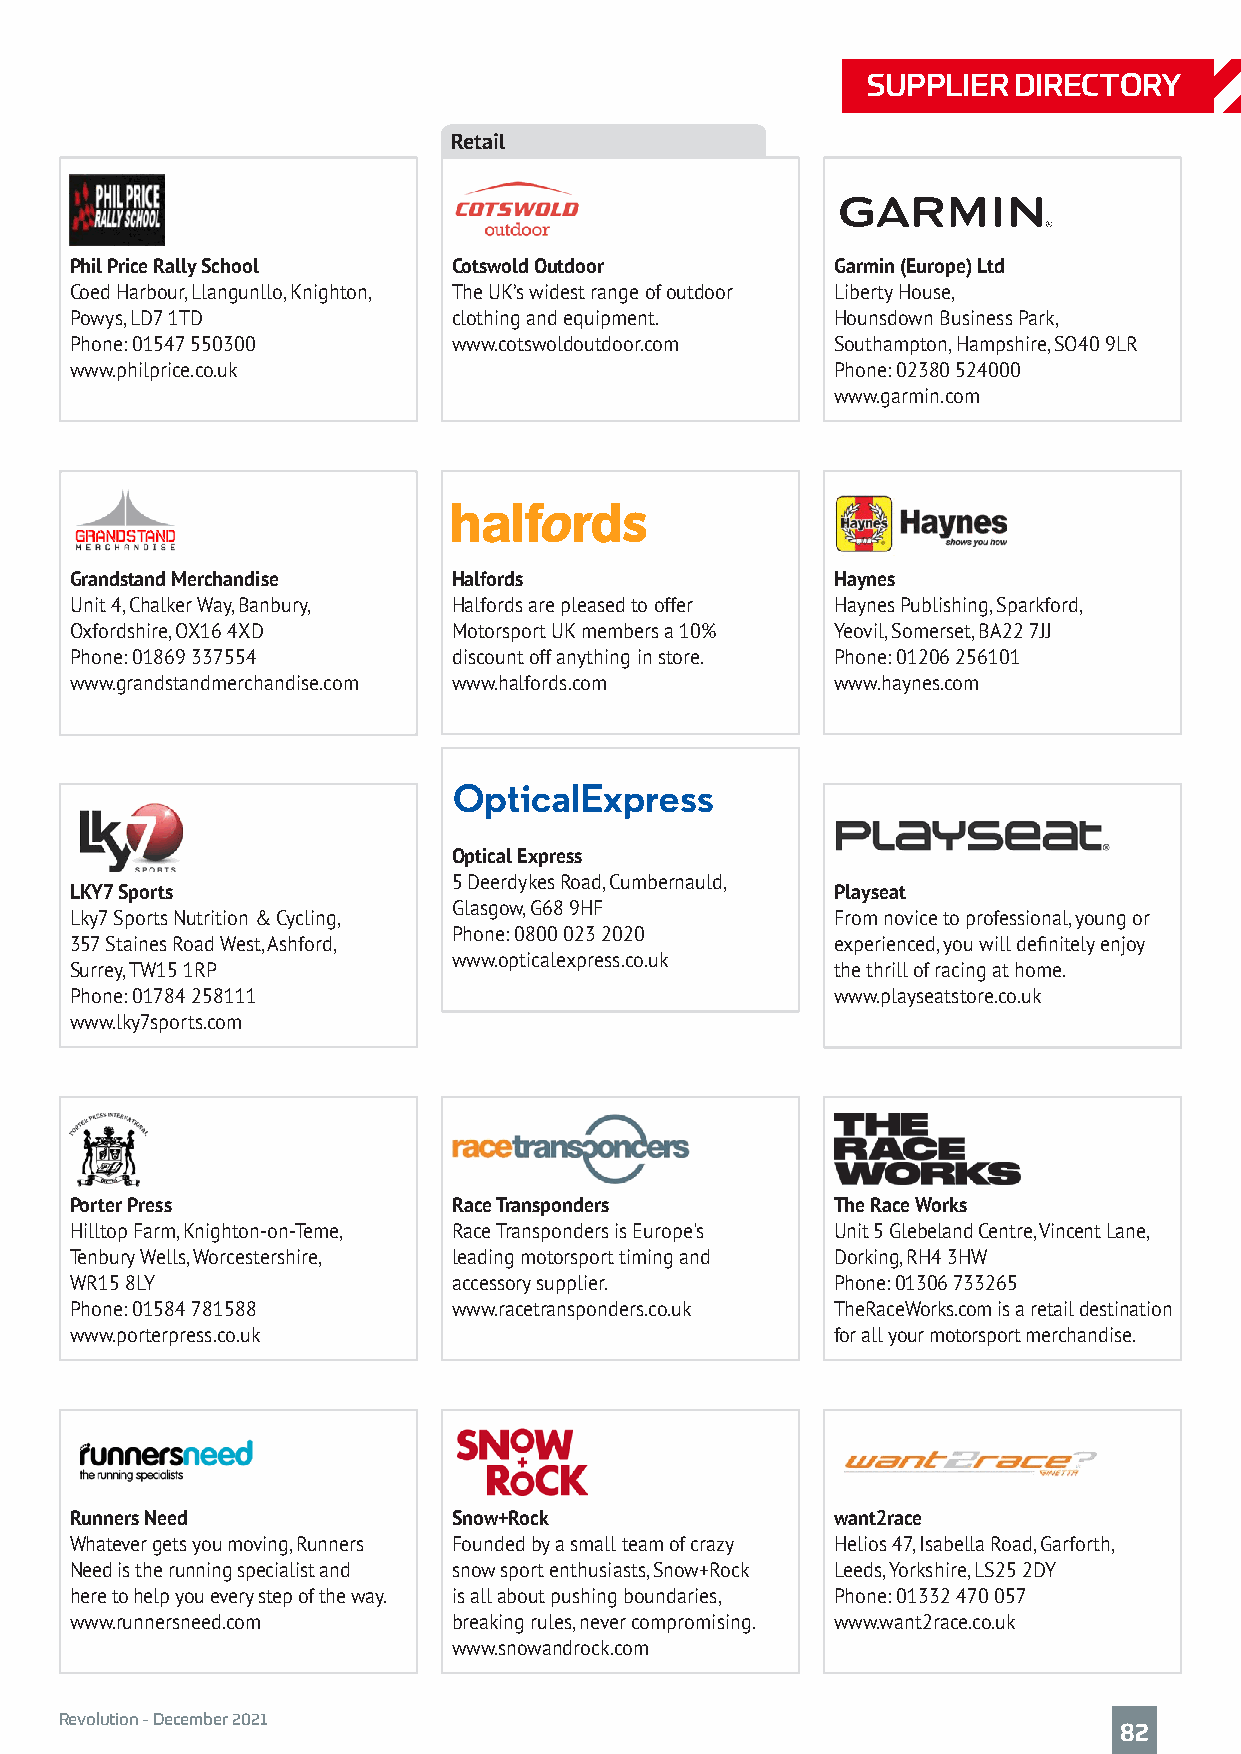
SUPPLIER  DIRECTORY
 Retail
 Phil Price Rally School  Cotswold Outdoor         Garmin (Europe) Ltd
 Coed Harbour, Llangunllo, Knighton, The UK’s widest range of outdoor Liberty House,
 Powys, LD7 1TD           clothing and equipment.  Hounsdown Business Park,
 Phone: 01547 550300      www.cotswoldoutdoor.com  Southampton, Hampshire, SO40 9LR
 www.philprice.co.uk                               Phone: 02380 524000
 www.garmin.com
 Grandstand Merchandise   Halfords                 Haynes
 Unit 4, Chalker Way, Banbury, Halfords are pleased to offer Haynes Publishing, Sparkford,
 Oxfordshire, OX16 4XD    Motorsport UK members a 10% Yeovil, Somerset, BA22 7JJ
 Phone: 01869 337554      discount off anything in store. Phone: 01206 256101
 www.grandstandmerchandise.com www.halfords.com    www.haynes.com
 Optical Express
 5 Deerdykes Road, Cumbernauld,
 LKY7 Sports                                       Playseat
 Glasgow, G68 9HF
 Lky7 Sports Nutrition & Cycling,                  From novice to professional, young or
 Phone: 0800 023 2020
 357 Staines Road West, Ashford,                   experienced, you will definitely enjoy
 www.opticalexpress.co.uk
 Surrey, TW15 1RP                                  the thrill of racing at home.
 Phone: 01784 258111                               www.playseatstore.co.uk
 www.lky7sports.com
 Porter Press             Race Transponders        The Race Works
 Hilltop Farm, Knighton-on-Teme, Race Transponders is Europe's Unit 5 Glebeland Centre, Vincent Lane,
 Tenbury Wells, Worcestershire, leading motorsport timing and Dorking, RH4 3HW
 WR15 8LY                 accessory supplier.      Phone: 01306 733265
 Phone: 01584 781588      www.racetransponders.co.uk TheRaceWorks.com is a retail destination
 www.porterpress.co.uk                             for all your motorsport merchandise.
 Runners Need             Snow+Rock                want2race
 Whatever gets you moving, Runners Founded by a small team of crazy Helios 47, Isabella Road, Garforth,
 Need is the running specialist and snow sport enthusiasts, Snow+Rock Leeds, Yorkshire, LS25 2DY
 here to help you every step of the way. is all about pushing boundaries, Phone: 01332 470 057
 www.runnersneed.com      breaking rules, never compromising. www.want2race.co.uk
 www.snowandrock.com
 Revolution - December 2021
 82